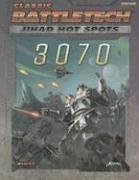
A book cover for Jihad Hot Spots: 3070 (Classic Battletech); Herbert A.; Science Fiction & Fantasy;